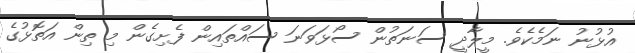
އުޅުނު ނަމެކެވެ. މީލާދީ ސަނަތުން ސޯޅަވަނަ ސައްތައިން ފެށިގެން މި ތިން އަތޮޅުގެ